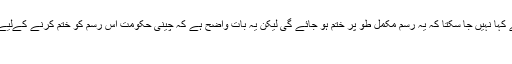
لیکن اب بھی یقین سے کہا نہیں جا سکتا کہ یہ رسم مکمل طو پر ختم ہو جائے گی لیکن یہ بات واضح ہے کہ چینی حکومت اس رسم کو ختم کرنے کےلیے آخری دم تک کوشش
جاری رکھے گی۔